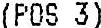
(POS 3)